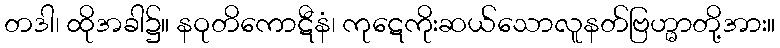
တဒါ၊ ထိုအခါ၌။ နဝုတိကောဋီနံ၊ ကုဋေကိုးဆယ်သောလူနတ်ဗြဟ္မာတို့အား။